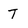
Character: T